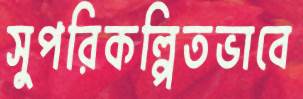
সুপরিকল্পিতভাবে